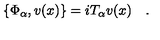
\{ \Phi _ { \alpha } , v ( x ) \} = i T _ { \alpha } v ( x ) \quad .